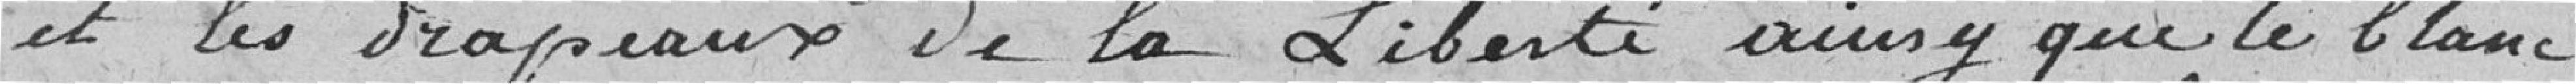
et les drapeaux de la liberté ainsi que le blanc